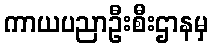
ကာယပညာဦးစီးဌာနမှ